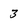
Character: 3